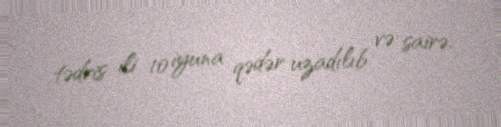
tədris ili 10 iyuna qədər uzadılıb və sairə.